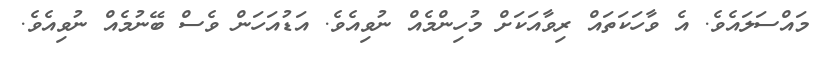
މައްސަލައެވެ. އެ ވާހަކަތައް ރިވާއަކަށް މުހިންމެއް ނުވިއެވެ. އަޑުއަހަން ވެސް ބޭނުމެއް ނުވިއެވެ.